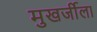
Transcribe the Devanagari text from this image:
मुखर्जीला